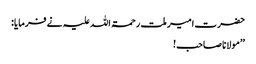
حضرت امیر ملت رحمۃ اللہ علیہ نے فرمایا:
’’مولانا صاحب!